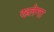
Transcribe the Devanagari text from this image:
ख्लेना